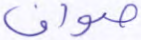
صواف